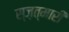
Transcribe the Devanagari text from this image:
स्ज़त्मारी